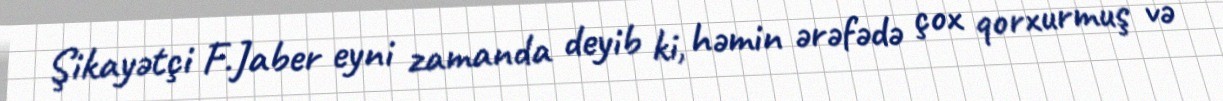
Şikayətçi F.Jaber eyni zamanda deyib ki, həmin ərəfədə çox qorxurmuş və